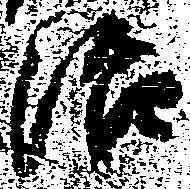
治